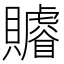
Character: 䞊